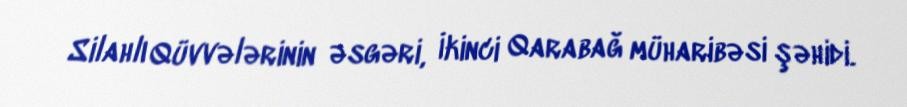
Silahlı Qüvvələrinin əsgəri, İkinci Qarabağ müharibəsi şəhidi.